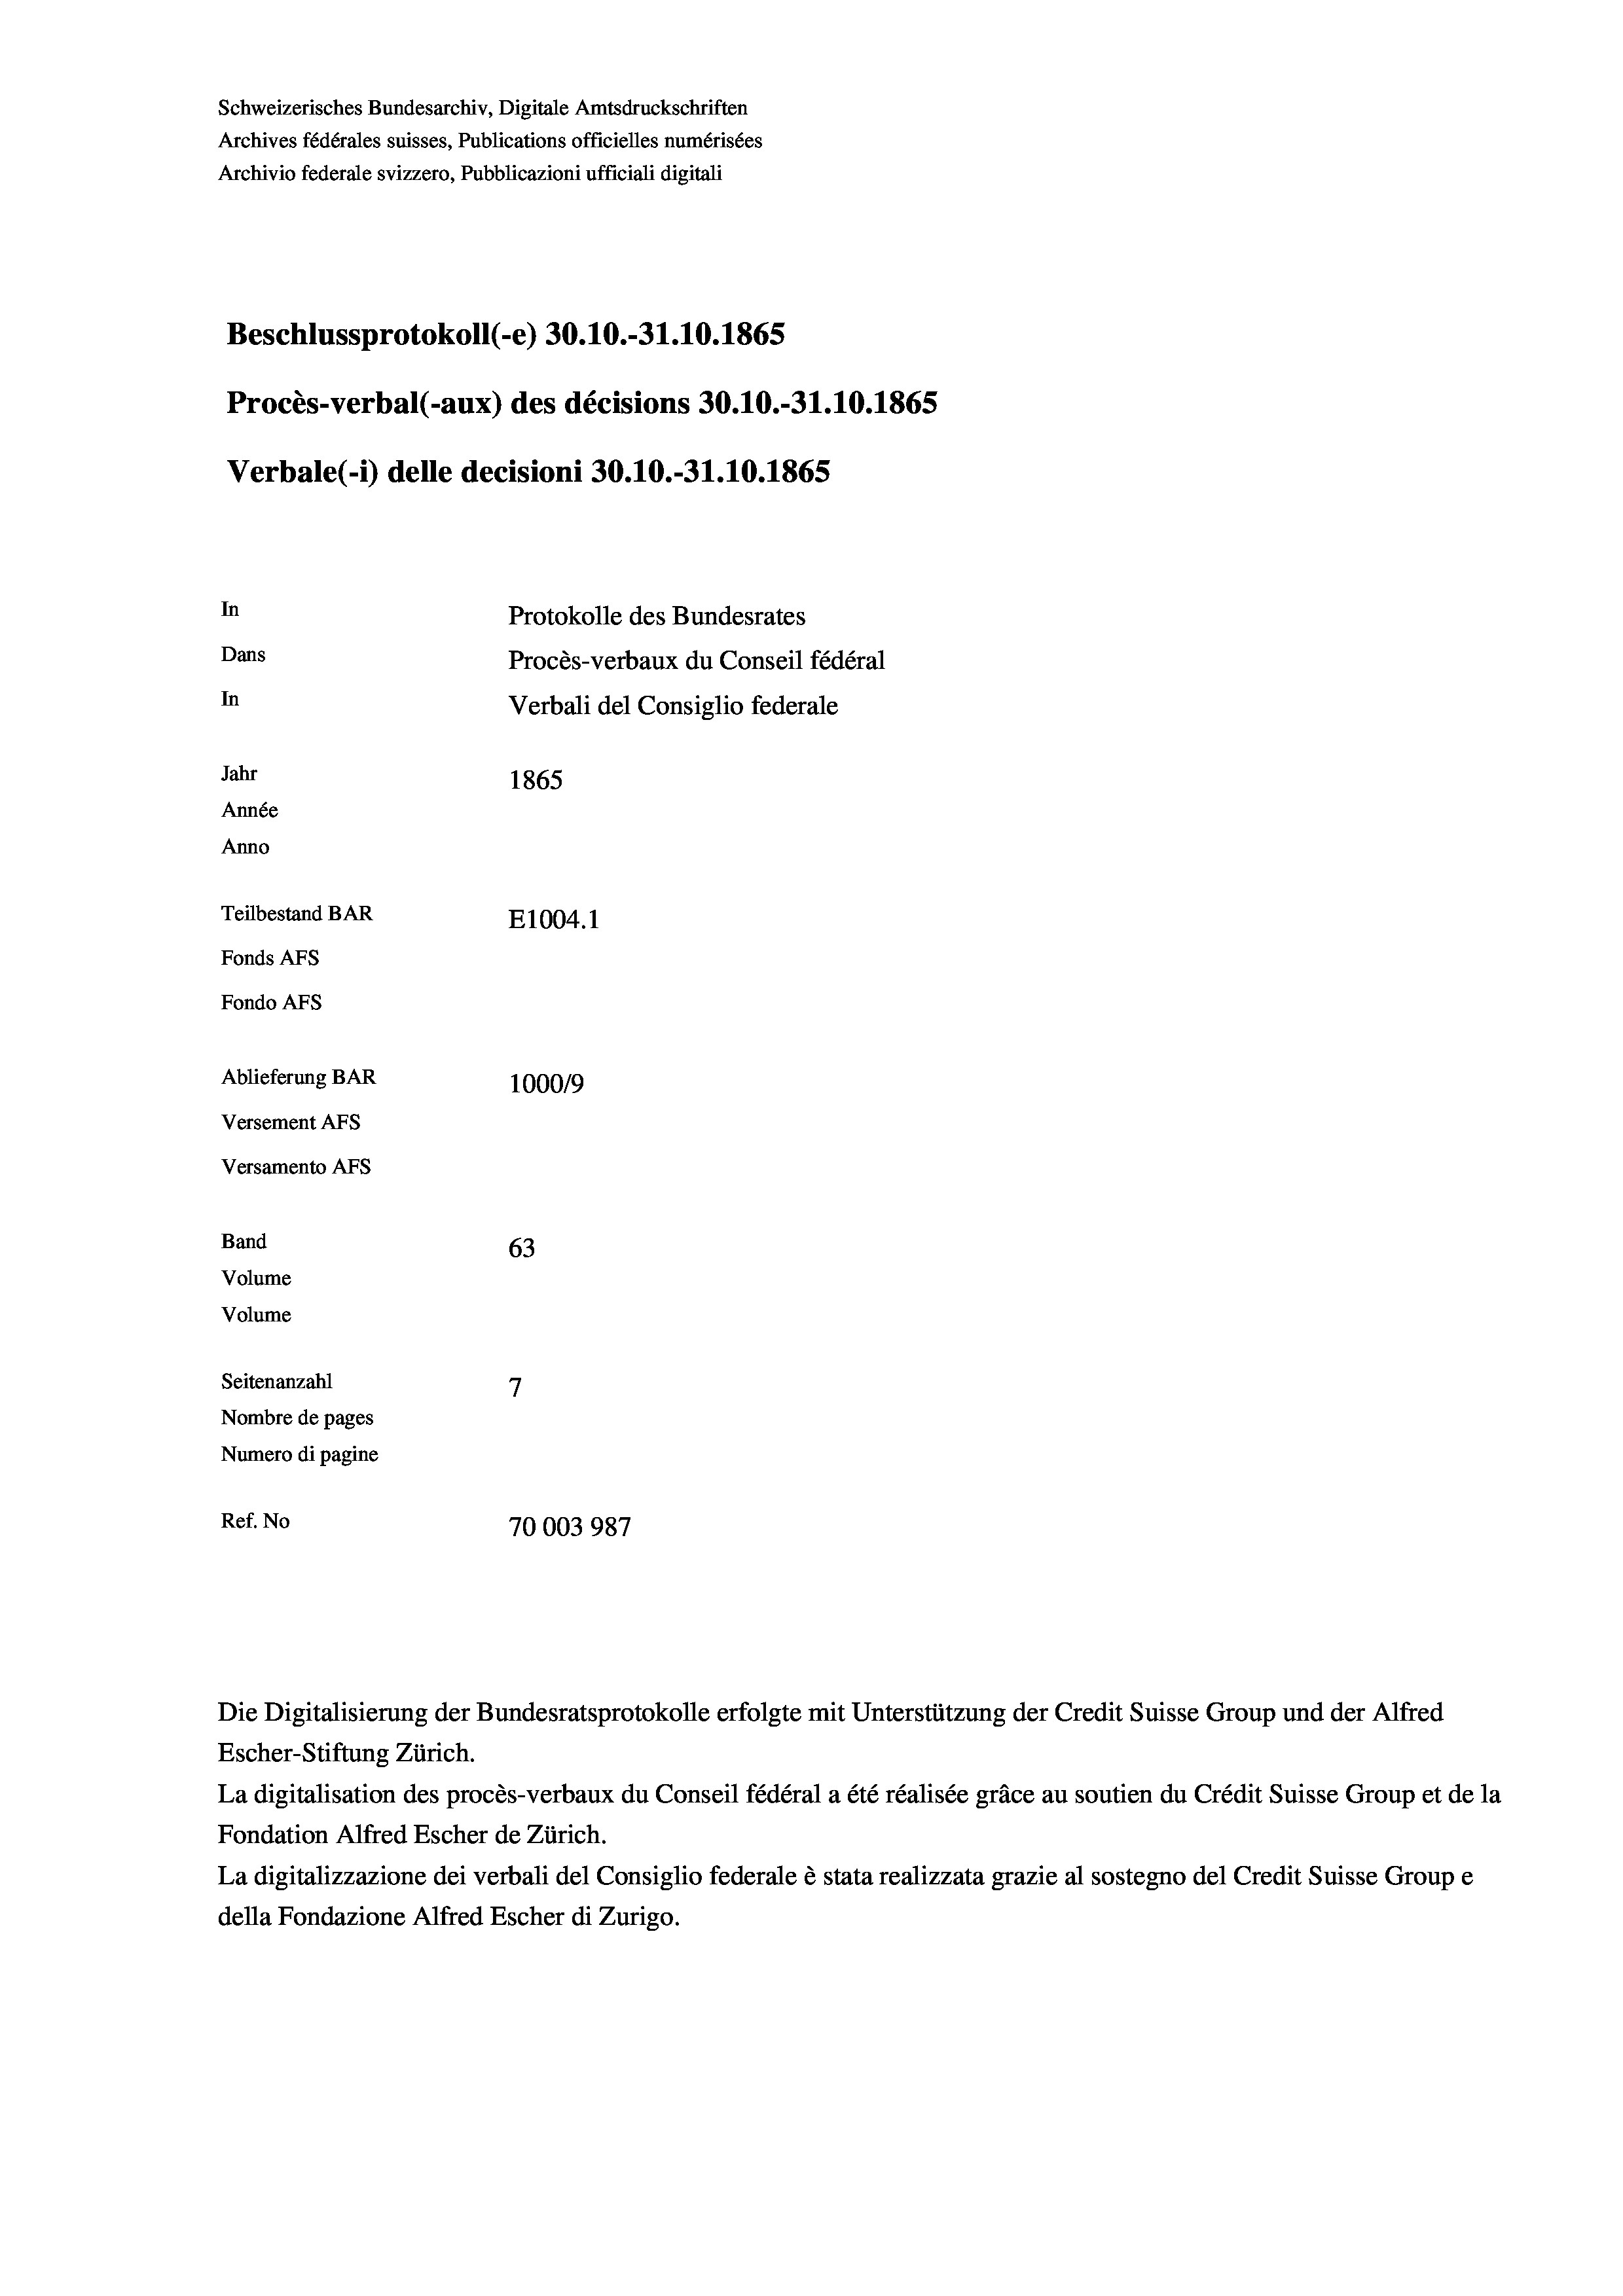
Schweizerisches Bundesarchiv, Digitale Amtsdruckschriften
Archives fédérales suisses, Publications officielles numérisées
Archivio federale svizzero, Pubblicazioni ufficiali digitali
Beschlussprotokoll (-e) 30.10.-31.10.1865
Procès-verbal (-aux) des décisions 30.10.-31.10.1865
Verbale (- 1) delle decisioni 30.10.-31.10.1865
In
Protokolle des Bundesrates
Dans
Procès-verbaux du Conseil fédéral
In
Verbali del Consiglio federale
Jahr
1865
Année
Anno
Teilbestand BAR
E1004.1
Fonds AFs
Fondo AFs
Ablieferung BAR
100019
Versement AFs
Versamento AFs
Band
63
Volume
Volume
7
Seitenanzahl
Nombre de pages
Numero di pagine
Ref. No
70003987

La digitalisation des procès-verbaux du Conseil fédéral a été réalisée gräce au soutien du Crédit Suisse Group et de la
Fondation Alfred Escher de Zürich.
La digitalizzazione dei verbali del Consiglio federale è stata realizzata grazie al sostegno del Credit Suisse Groupe
della Fondazione Alfred Escher di Zurigo.

Die Digitalisierung der Bundesratsprotokolle erfolgte mit Unterstützung der Credit Suisse Group und der Alfred
Escher-Stiftung Zürich.